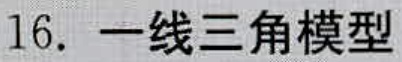
16. 一线三角模型